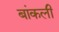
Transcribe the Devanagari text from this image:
बांकली